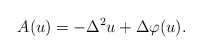
\begin{align*}A(u) = - \Delta^2 u + \Delta \varphi(u).\end{align*}